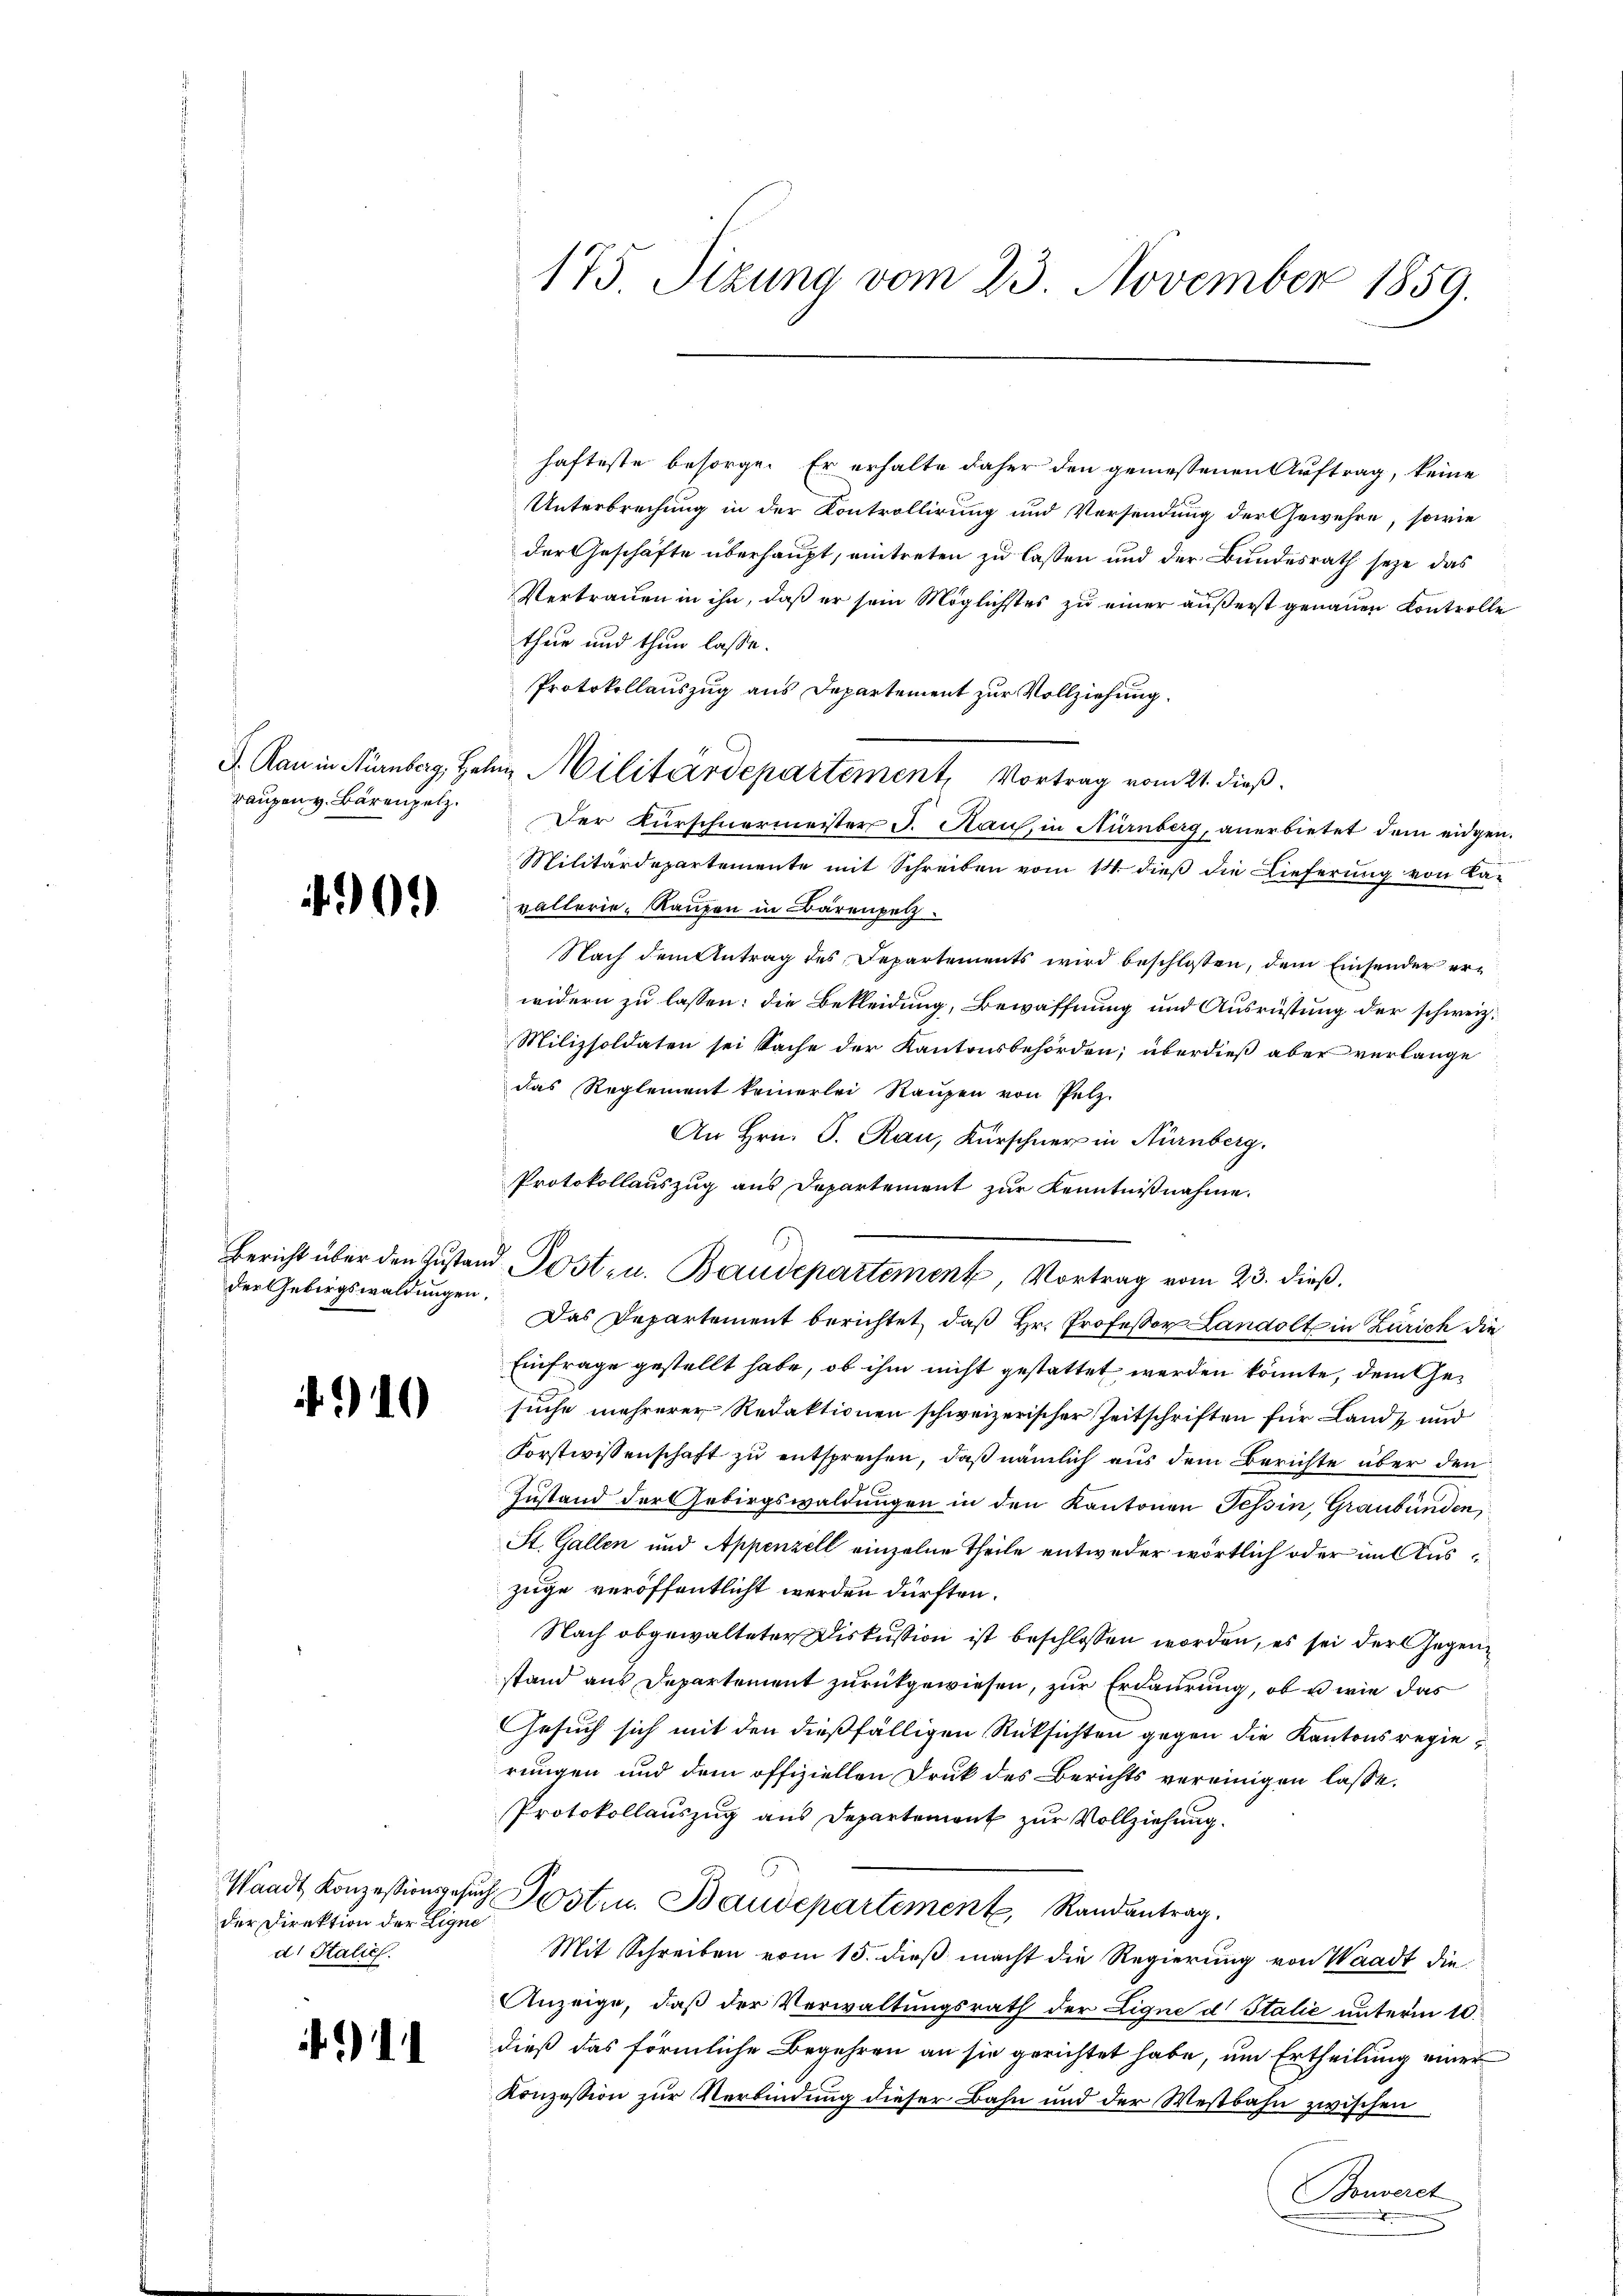
Taupen v. Bärenpelz.

490.

der Gebirgswaldungen,

.9 10

Waadt Konzessionsgese
der Direktion der Eigne
d. Stalie

)

175 Sizung vom 23. November 1859.

hafteste besorge. Er erhalte daher den gemessenen Auftrag, keine
Unterbrechung in der Kontrollirung und Versendung der Gewehre, sowie
der Geschäfte überhaupt, eintreten zu lassen und der Bundesrath seye, das
Vertrauen in ihn, daß er sein Möglichstes zu einer äußerst genauen Kontrolle
thue und thun lasse.
Protokollauszug aus Departement zur Vollziehung.
Der Kürschnermeister J. Haus, in Nürnberg, anerbietet dem eidgen.
Militärdepartemente mit Schreiben vom 14. dieß die Lieferung von Lavallerie-Raufen in Bärenpetz¬
Nach dem Antrag des Separtements wird beschlossen, dem Einsender er-
widern zu lassen: die Bekleidung, Bewaffnung und Ausrüstung der schweiz.
Milizsoldaten sei Sache der Kantonsbehörden; überdieß aber verlange
das Reglement keinerlei Raupen von Pelz.
An Hrn. P. Rau, Kürschner in Nürnberg.
Protokollauszug aus Departement zur Kenntnißnahme.
Das Departement berichtet, daß Hr. Professor Landolt in Zürich die
Einfrage gestellt habe, ob ihm nicht gestattet werden könnte, dem Gesuche mehrerer Redaktionen schweizerischer Zeitschriften für Landt und
Forstwissenschaft zu entsprechen, daß nämlich aus dem Berichte über den
Zustand der Gebirgswaldungen in den Kantonen Tessin, Graubünden,
St. Gallen und Appenzell einzelne Theile entweder wörtlich oder im Auszüge veröffentlicht werden dürften.
Nach abgewalteter Diskussion ist beschlossen worden, es sei der Gegenstand aus Departement zurückgewiesen, zur Erdaurung, ob u wie das
Gesuch sich mit den dießfälligen Rüksichten gegen die Kantonsregierungen und dem offiziellen Druk des Berichts vereinigen lasse.
Protokollauszug aus Departement zur Vollziehung.
u Posten. Baudepartement Randantrag.
Mit Schreiben vom 15. dieß macht die Regierung von Waadt die
Anzeige, daß der Verwaltungsrath der Eigne d Italić unterm 10.
dieß das förmliche Begehren an sie gerichtet habe, um Ertheilung einer
Konzession zur Verbindung dieser Bahn und der Westbahn zwischen
Bonseret
.

F. Rau in Nürnberg, Hohn Militärdepartement, Vortrag vom 21. dieß.

Bericht über den Zustand Post- u. Baudepartement, Vortrag vom 23. dieß.